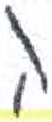
אות: ה